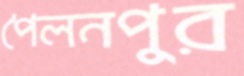
পৈলনপুর